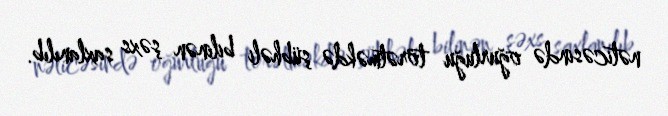
nəticəsində oğurluğu törətməkdə şübhəli bilinən şəxs saxlanılıb.